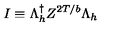
I \equiv \Lambda _ { h } ^ { \dagger } Z ^ { 2 T / b } \Lambda _ { h }